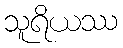
သူရိယဿ